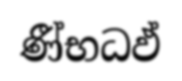
ණී්භධඵ්